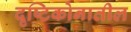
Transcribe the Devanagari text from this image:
दृष्टिकोनातील